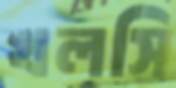
খলসি